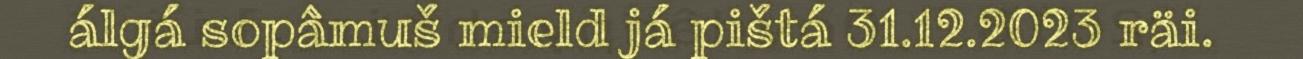
álgá sopâmuš mield já pištá 31.12.2023 räi.